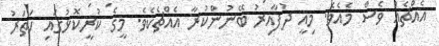
އެއްޗެއް ވެސް މެއެވެ. މިއީ ދުފާއިރު ބޭނުންކުރާ އެއްޗެކެވެ. މީގެ ކުރީކޮޅުގައި ހަތަރު